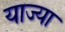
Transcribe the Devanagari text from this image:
याज्या